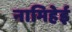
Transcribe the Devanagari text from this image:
नामिहेई